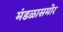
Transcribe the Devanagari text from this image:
मंडळासमोर